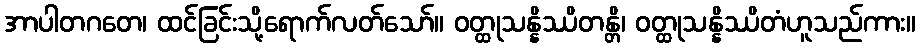
အာပါတဂတေ၊ ထင်ခြင်းသို့ရောက်လတ်သော်။ ဝတ္ထုသန္နိဿိတန္တိ၊ ဝတ္ထုသန္နိဿိတံဟူသည်ကား။